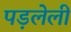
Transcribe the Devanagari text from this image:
पड़लेली